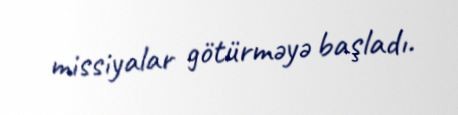
missiyalar götürməyə başladı.